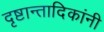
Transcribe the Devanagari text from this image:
दृष्टान्तादिकांनी